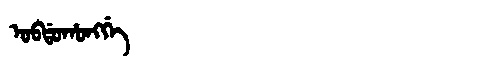
Manchu: ᠣᠪᡩᠣᡥᠣᠩᡤᡝ
Romanization: OBDOHONGGE